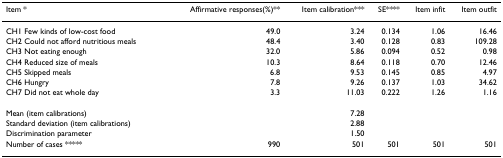
<table><thead><tr><td><b>Item *</b></td><td><b>Affirmative responses(%)**</b></td><td><b>Item calibration***</b></td><td><b>SE****</b></td><td><b>Item infit</b></td><td><b>Item outfit</b></td></tr></thead><tbody><tr><td>CH1 Few kinds of low-cost food</td><td>49.0</td><td>3.24</td><td>0.134</td><td>1.06</td><td>16.46</td></tr><tr><td>CH2 Could not afford nutritious meals</td><td>48.4</td><td>3.40</td><td>0.128</td><td>0.83</td><td>109.28</td></tr><tr><td>CH3 Not eating enough</td><td>32.0</td><td>5.86</td><td>0.094</td><td>0.52</td><td>0.98</td></tr><tr><td>CH4 Reduced size of meals</td><td>10.3</td><td>8.64</td><td>0.118</td><td>0.70</td><td>12.46</td></tr><tr><td>CH5 Skipped meals</td><td>6.8</td><td>9.53</td><td>0.145</td><td>0.85</td><td>4.97</td></tr><tr><td>CH6 Hungry</td><td>7.8</td><td>9.26</td><td>0.137</td><td>1.03</td><td>34.62</td></tr><tr><td>CH7 Did not eat whole day</td><td>3.3</td><td>11.03</td><td>0.222</td><td>1.26</td><td>1.16</td></tr><tr><td>Mean (item calibrations)</td><td></td><td>7.28</td><td></td><td></td><td></td></tr><tr><td>Standard deviation (item calibrations)</td><td></td><td>2.88</td><td></td><td></td><td></td></tr><tr><td>Discrimination parameter</td><td></td><td>1.50</td><td></td><td></td><td></td></tr><tr><td>Number of cases *****</td><td>990</td><td>501</td><td>501</td><td>501</td><td>501</td></tr></tbody></table>